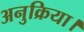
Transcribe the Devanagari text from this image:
अनुक्रिया।